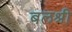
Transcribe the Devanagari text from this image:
बलश्री